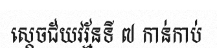
ស្តេចជ័យវរ្ម័នទី ៧ កាន់កាប់